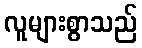
လူများစွာသည်